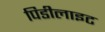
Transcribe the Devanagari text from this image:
पिडीलाइट